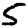
Digit: 5